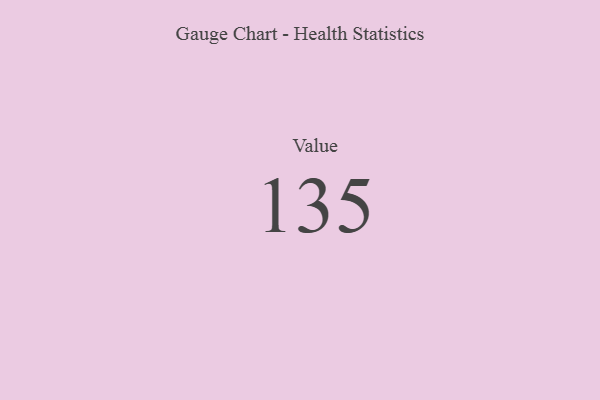
{"axis": {"x": "Metric", "y": "Value"}, "legend": [""], "data": [{"x": "Value", "y": 135, "type": ""}]}